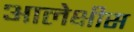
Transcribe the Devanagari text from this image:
आलेक्षीस